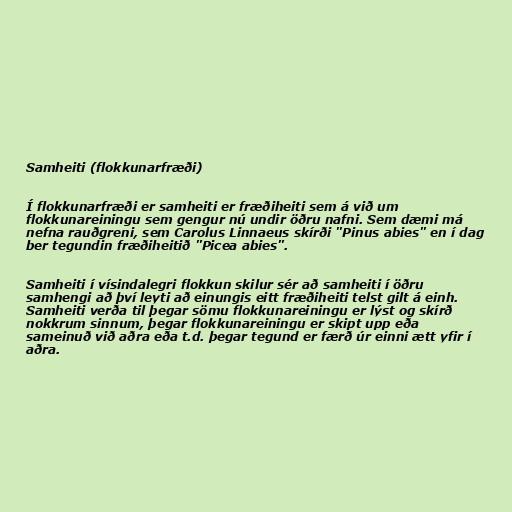
Samheiti (flokkunarfræði)

Í flokkunarfræði er samheiti er fræðiheiti sem á við um
flokkunareiningu sem gengur nú undir öðru nafni. Sem dæmi má
nefna rauðgreni, sem Carolus Linnaeus skírði "Pinus abies" en í dag
ber tegundin fræðiheitið "Picea abies".

Samheiti í vísindalegri flokkun skilur sér að samheiti í öðru
samhengi að því leyti að einungis eitt fræðiheiti telst gilt á einh.
Samheiti verða til þegar sömu flokkunareiningu er lýst og skírð
nokkrum sinnum, þegar flokkunareiningu er skipt upp eða
sameinuð við aðra eða t.d. þegar tegund er færð úr einni ætt yfir í
aðra.